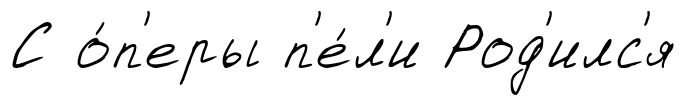
С о́п'еры п'е́л'и Род'илс'я